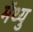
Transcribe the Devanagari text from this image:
मॅथ्यु